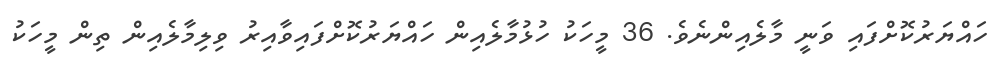
ހައްޔަރުކޮށްފައި ވަނީ މާލެއިންނެވެ. 36 މީހަކު ހުޅުމާލެއިން ހައްޔަރުކޮށްފައިވާއިރު ވިލިމާލެއިން ތިން މީހަކު